Report on vaccination in Madras 1895-1903 - 1895-1903
Year: 1895
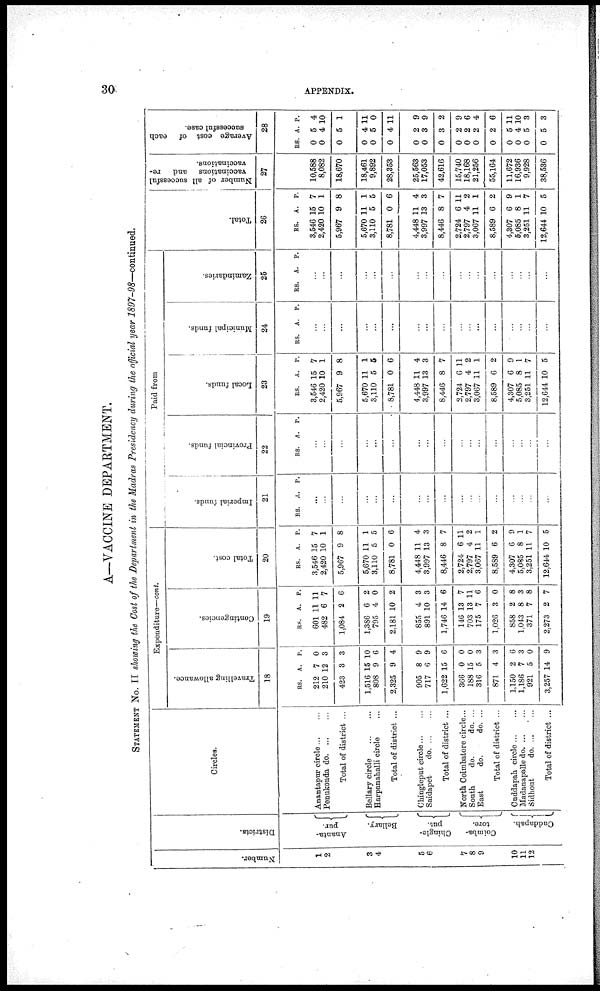
30
APPENDIX.
A—VACCINE DEPARTMENT.
STATEMENT No. II showing the Cost of the Department in the Madras Presidency during the official year 1897-98—continued.
Number.
1
2
3
4
5
6
7
8
9
10
11
12
Districts.
Ananta-
pur.
Bellary.
Chingle-
put.
Coimba-
tore.
Cuddapah.
Circles.
Anantapur circle... ...
Penukonda d
o
. ... ...
Total of district ...
Bellary
circle...
...
Harpanahalli circle...
Total of district ...
Chingleput circle...
...
Saidapet
d
o
. ... ...
Total of district ...
North Coimbatore circle...
South.
do.
do. ...
East
do.
do. ...
Total of district ...
Cuddapah
circle... ...
Madanapalle d
o
. ... ...
Sidhout
do. ... ...
Total of district ...
Expenditure—cont.
Travelling allowance.
18
RS.
212
210
423
1,516
808
2,325
905
717
1,622
366
188
316
871
1,150
1,186
921
3,257
A.
7
12
3
15
9
9
8
6
15
0
15
5
4
2
7
5
14
P.
0
3
3
10
6
4
9
9
6
0
0
3
3
6
3
0
9
Contingencies.
19
RS.
601
482
1,084
1,386
795
2,181
855
891
1,746
146
703
175
1,026
858
1,043
371
2,273
A.
11
6
2
6
4
10
4
10
14
13
13
7
3
2
8
7
2
P.
11
7
6
2
0
2
3
3
6
7
11
6
0
8
3
8
7
Total cost.
20
RS.
3,546
2,420
5,967
5,670
3,110
8,781
4,448
3,997
8,446
2,724
2,797
3,067
8,589
4,307
5,085
3,251
12,644
A.
15
10
9
11
5
0
11
13
8
6
4
11
6
6
8
11
10
P.
7
1
8
1
5
6
4
3
7
11
2
1
2
9
1
7
5
Paid from
Imperial funds.
21
RS. A. P.
...
...
...
...
...
...
...
...
...
...
...
...
...
...
...
...
...
Provincial funds.
22
RS. A. P.
...
...
...
...
...
...
...
...
...
...
...
...
...
...
...
...
...
Local funds.
23
RS.
3,546
2,420
5,967
5,670
3,110
8,781
4,448
3,997
8,446
2,724
2,797
3,067
8,589
4,307
5,085
3,251
12,644
A.
15
10
9
11
5
0
11
13
8
6
4
11
6
6
8
11
10
P.
7
1
8
1
5
6
4
3
7
11
2
1
2
9
1
7
5
Municipal funds.
24
RS. A. P.
...
...
...
...
...
...
...
...
...
...
...
...
...
...
...
...
...
Zamindaries.
25
RS. A. P.
...
...
...
...
...
...
...
...
...
...
...
...
...
...
...
...
...
Total.
26
RS.
3,546
2,420
5,967
5,670
3,110
8,781
4,448
3,997
8,446
2,724
2,797
3,067
8,589
4,307
5,085
3,251
12,644
A.
15
10
9
11
5
0
11
13
8
6
4
11
6
6
8
11
10
P.
7
1
8
1
5
6
4
3
7
11
2
1
2
9
1
7
5
Number of all successful
vaccinations and re-
vaccinations.
27
10,588
8,082
18,670
18,461
9,892
28,353
25,563
17,053
42,616
15,740
18,168
21,256
55,164
11,672
16,936
9,928
38,536
Average cost of each
successful case.
28
RS.
0
0
0
0
0
0
0
0
0
0
0
0
0
0
0
0
0
A.
5
4
5
4
5
4
2
8
3
2
2
2
2
5
4
5
5
S.
4
10
1
11
0
11
9
9
2
9
6
4
6
11
10
3
3